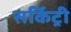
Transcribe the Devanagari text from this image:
सर्किट्री